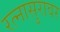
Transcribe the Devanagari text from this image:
रत्नासुरावर